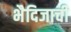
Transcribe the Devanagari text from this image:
भैदिजाची